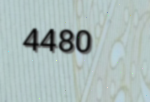
4480